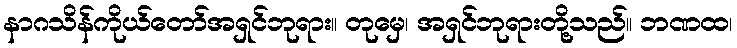
နာဂသိန်ကိုယ်တော်အရှင်ဘုရား။ တုမှေ၊ အရှင်ဘုရားတို့သည်။ ဘဏထ၊